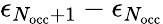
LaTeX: \epsilon_{N_{\mathrm{occ}}+1}-\epsilon_{N_{\mathrm{occ}}}